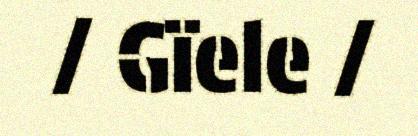
/ Gïele /